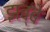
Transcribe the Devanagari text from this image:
झब्बे